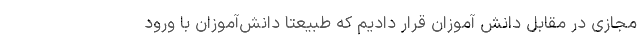
مجازی در مقابل دانش آموزان قرار دادیم که طبیعتاً دانش‌آموزان با ورود